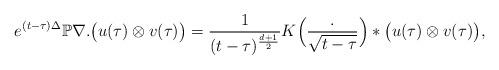
LaTeX: \begin{gather*}e^{(t - \tau)\Delta}\mathbb{P}\nabla .\big(u(\tau) \otimes v(\tau)\big) =\frac{1}{(t - \tau)^{\frac{d+1}{2}}}K\Big(\frac{.}{\sqrt{t - \tau}}\Big)*\big(u(\tau) \otimes v(\tau)\big),\end{gather*}